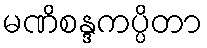
မဏိစန္ဒကပ္ပိတာ